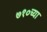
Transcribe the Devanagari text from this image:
७१०च्या